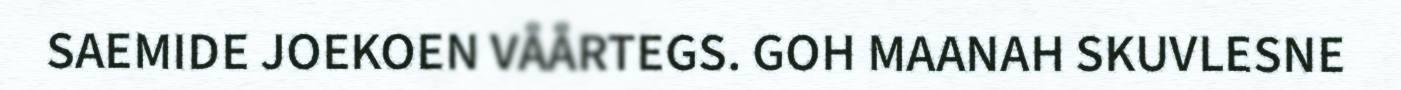
SAEMIDE JOEKOEN VÅÅRTEGS. GOH MAANAH SKUVLESNE